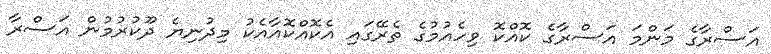
އަސްރާގެ މަންމަ އަސްރާގެ ކޮއްކޮ ވިހެއުމުގެ ތެރޭގައި އެކޮއްކޮއާއެކު މިދުނިޔެ ދޫކުރުމުން އަސްރާ